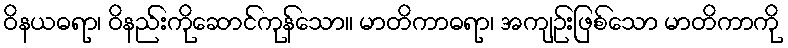
ဝိနယဓရာ၊ ဝိနည်းကိုဆောင်ကုန်သော။ မာတိကာဓရာ၊ အကျဉ်းဖြစ်သော မာတိကာကို